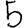
Digit: 5